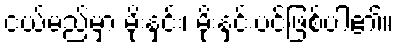
ငယ်မည်မှာ မိုးနှင်း၊ မိုးနှင်းပင်ဖြစ်ပါ၏။